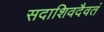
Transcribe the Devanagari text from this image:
सदाशिवदैवतं